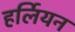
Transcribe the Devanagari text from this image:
हर्लियन